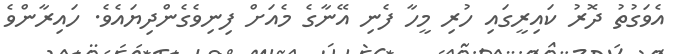
އެވަގުތު ދޮރު ކައިރީގައި ހުރި މީހާ ފެނި އޭނާގެ މެއަށް ފިނިވެގެންދިޔައެވެ. ހައިރާންވެ